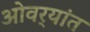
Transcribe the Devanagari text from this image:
ओवर्‍यांत